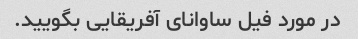
در مورد فیل ساوانای آفریقایی بگویید.